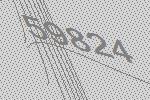
59824